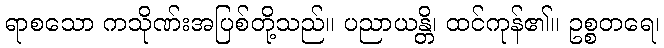
ရာစသော ကသိုဏ်းအပြစ်တို့သည်။ ပညာယန္တိ၊ ထင်ကုန်၏။ ဥစ္စတရေ၊